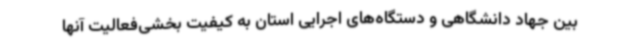
بین جهاد دانشگاهی و دستگاه‌های اجرایی استان به کیفیت بخشی‌فعالیت آنها